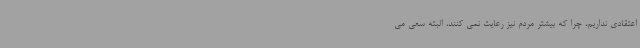
اعتقادی نداریم، چرا که بیشتر مردم نیز رعایت نمی کنند، البته سعی می